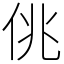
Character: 佻